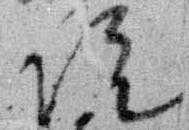
院